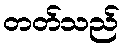
တတ်သည်